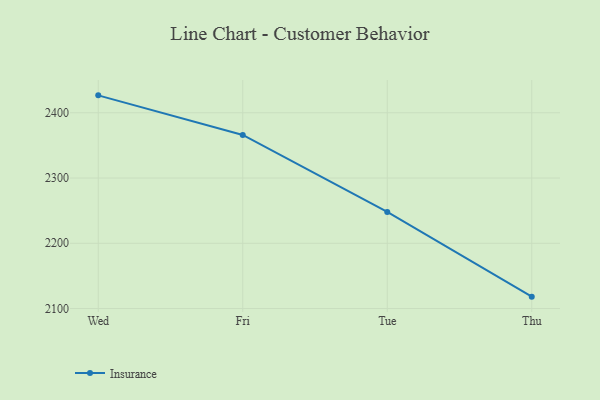
{"axis": {"x": "Day", "y": "Waste Production (Tons)"}, "legend": ["Insurance"], "data": [{"x": "Wed", "y": 2426.7, "type": "Insurance"}, {"x": "Fri", "y": 2366.0, "type": "Insurance"}, {"x": "Tue", "y": 2248.1, "type": "Insurance"}, {"x": "Thu", "y": 2118.2, "type": "Insurance"}]}